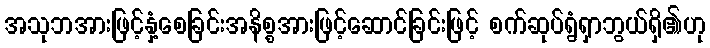
အသုဘအားဖြင့်နှံ့စေခြင်းအနိစ္စအားဖြင့်ဆောင်ခြင်းဖြင့် စက်ဆုပ်ရွံရှာဘွယ်ရှိ၏ဟု